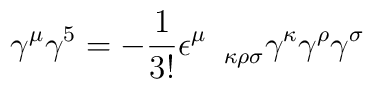
\gamma^{\mu}\gamma^5=-\frac{1}{3!}\epsilon^{\mu}_{\quad\kappa\rho\sigma}\gamma^{\kappa}\gamma^{\rho}\gamma^{\sigma}